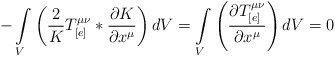
\begin{align*}-\int\limits_{V}\left(\frac{2}{K} T_{[e]}^{\mu\nu} * \frac{\partial K}{\partial x^{\mu}}\right) dV = \int\limits_{V}\left(\frac{\partial T_{[e]}^{\mu\nu}}{\partial x^{\mu}}\right) dV = 0\end{align*}